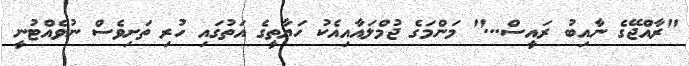
"ރާއްޖޭގެ ނާއިބު ރައީސް..." މަންމަގެ ޖުމްލައާއިއެކު ހަޔާތީގެ އަތުގައި ހުރި ތަށިވެސް ނުވެއްޓުނީ